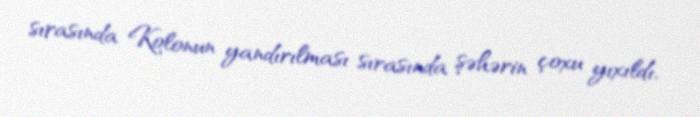
sırasında Kolonun yandırılması sırasında şəhərin çoxu yıxıldı.